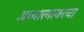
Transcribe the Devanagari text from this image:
अध्यात्मावरचा